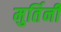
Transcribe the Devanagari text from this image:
मुर्तिनी